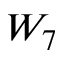
W _ { 7 }